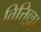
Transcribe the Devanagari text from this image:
वित्तिल्ला